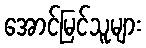
အောင်မြင်သူများ